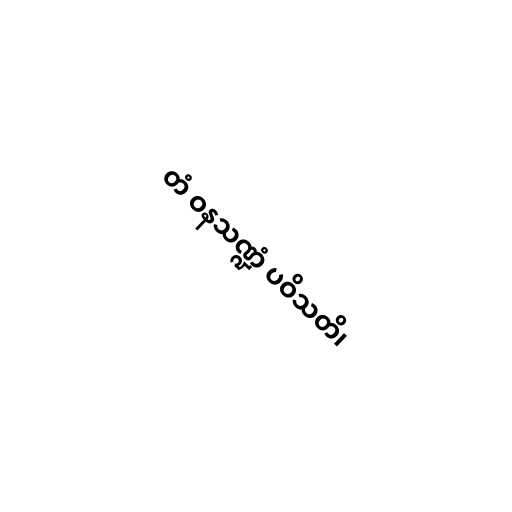
တံ ဝနသဏ္ဍံ ပဝိသတိ၊